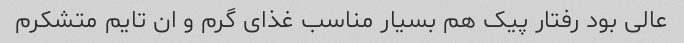
عالی بود رفتار پیک هم بسیار مناسب غذای گرم و ان تایم متشکرم